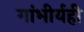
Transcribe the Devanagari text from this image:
गांभीर्यही